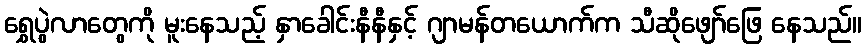
ရွှေပွဲလာတွေကို မူးနေသည့် နှာခေါင်းနီနီနှင့် ဂျာမန်တယောက်က သီဆိုဖျော်ဖြေ နေသည်။